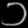
Digit: ၁